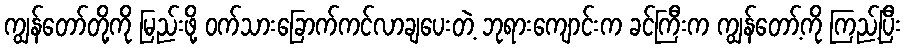
ကျွန်တော်တို့ကို မြည်းဖို့ ဝက်သားခြောက်ကင်လာချပေးတဲ့ ဘုရားကျောင်းက ခင်ကြီးက ကျွန်တော့်ကို ကြည့်ပြီး